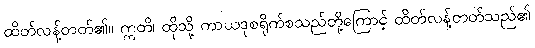
ထိတ်လန့်တတ်၏။ ဣတိ၊ ထိုသို့ ကာယဒုစရိုက်စသည်တို့ကြောင့် ထိတ်လန့်တတ်သည်၏